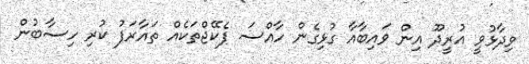
ވިދާޅުވީ އުރީދޫ އިން ވައިބާއާ ގުޅިގެން ހާއްސަ ޕެކޭޖްތަކެއް ތައާރަފު ކުރި ހިސާބުން